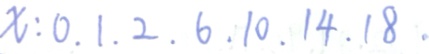
x : 0 . 1 . 2 . 6 . 1 0 . 1 4 . 1 8 .